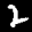
Label: 2